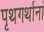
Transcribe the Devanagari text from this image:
पृथगर्थानां